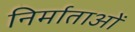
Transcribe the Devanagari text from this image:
निर्माताआें